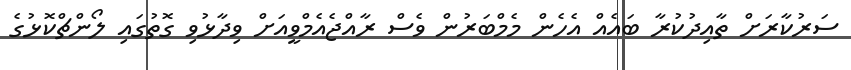
ސަރުކާރަށް ތާއިދުކުރާ ބައެއް އެހެން މެމްބަރުން ވެސް ރާއްޖެއެމްވީއަށް ވިދާޅުވި ގޮތުގައި ލޯންޗްކޮޅުގެ